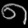
Digit: ၈